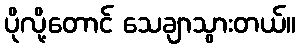
ပိုလို့တောင် သေချာသွားတယ်။